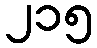
၂၁၅